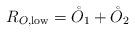
LaTeX: \begin{align*}R_{O,{\rm low}} = \mathring O_1 + \mathring O_2\end{align*}